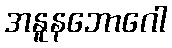
အနူနဘောဂေါ